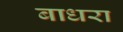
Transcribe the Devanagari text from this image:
बाधरा